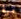
مرة